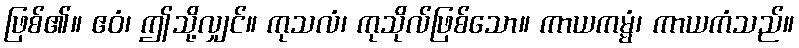
ဖြစ်၏။ ဧဝံ၊ ဤသို့လျှင်။ ကုသလံ၊ ကုသိုလ်ဖြစ်သော။ ကာယကမ္မံ၊ ကာယကံသည်။